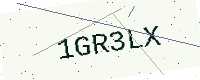
Text: 1GR3LX